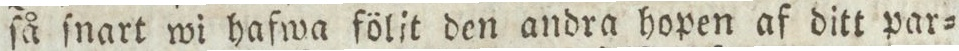
ſå ſnart wi hafwa följt den andra hopen af ditt par=